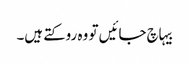
بیہاچ جائیں تو وہ روکتے ہیں۔